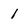
Character: 1